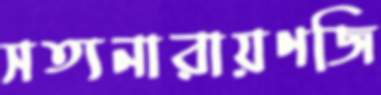
সত্যনারায়ণজি